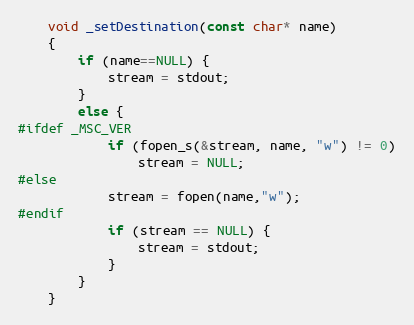
Language: C
    void _setDestination(const char* name)
    {
        if (name==NULL) {
            stream = stdout;
        }
        else {
#ifdef _MSC_VER
            if (fopen_s(&stream, name, "w") != 0)
                stream = NULL;
#else
            stream = fopen(name,"w");
#endif
            if (stream == NULL) {
                stream = stdout;
            }
        }
    }